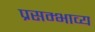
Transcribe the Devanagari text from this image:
प्रसम्भाव्य